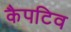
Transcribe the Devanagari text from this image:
कैपटिव